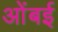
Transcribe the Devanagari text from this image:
ओंबई